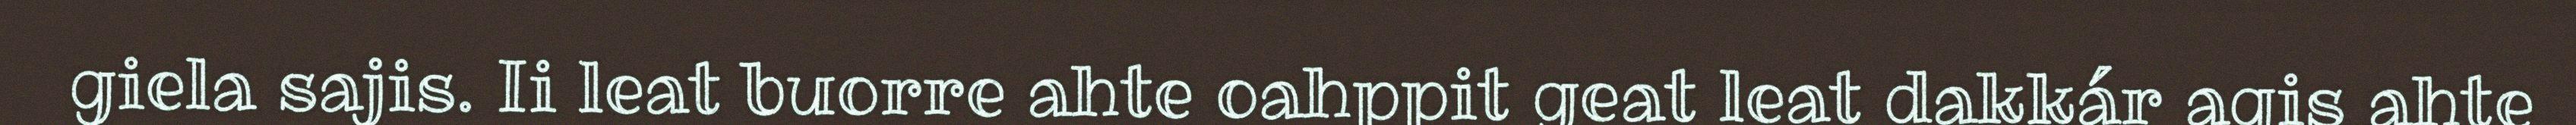
giela sajis. Ii leat buorre ahte oahppit geat leat dakkár agis ahte